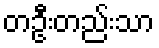
တဦးတည်းသာ